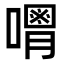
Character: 𠿥